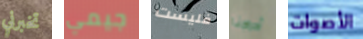
تخبرني جيمي فليست أدراجنا الأصوات